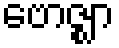
ဗောဇ္ဈာ